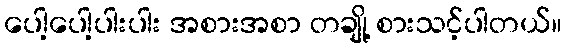
ပေါ့ပေါ့ပါးပါး အစားအစာ တချို့ စားသင့်ပါတယ်။